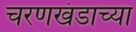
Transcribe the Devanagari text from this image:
चरणखंडाच्या